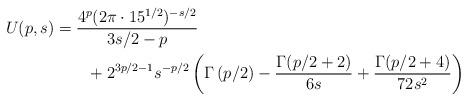
LaTeX: \begin{align*}U(p,s) &= \frac{4^p(2\pi\cdot15^{1/2})^{-s/2}}{3s/2-p} \\&\qquad+ 2^{3p/2-1}s^{-p/2}\left(\Gamma\left(p/2\right) - \frac{\Gamma(p/2+2)}{6s} + \frac{\Gamma(p/2+4)}{72s^2}\right)\end{align*}